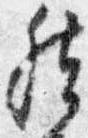
然